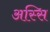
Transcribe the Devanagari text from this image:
अस्सि